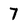
Character: 7